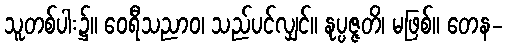
သူတစ်ပါး၌။ ဝေရီသညာဝ၊ သည်ပင်လျှင်။ နုပ္ပဇ္ဇတိ၊ မဖြစ်။ တေန-